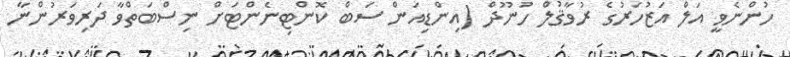
ހުންނެވީ އަލް އަޒުހަރުގެ ރުވާޤުލް ހުނޫދް (އިންޑިއަން ސަބް ކޮންޓިނެންޓަށް ނިސްބަތްވާ ދަރިވަރުންނާ